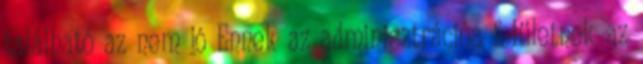
található az nem jó Ennek az adminisztrációs felületnek az